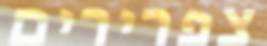
צפרירים